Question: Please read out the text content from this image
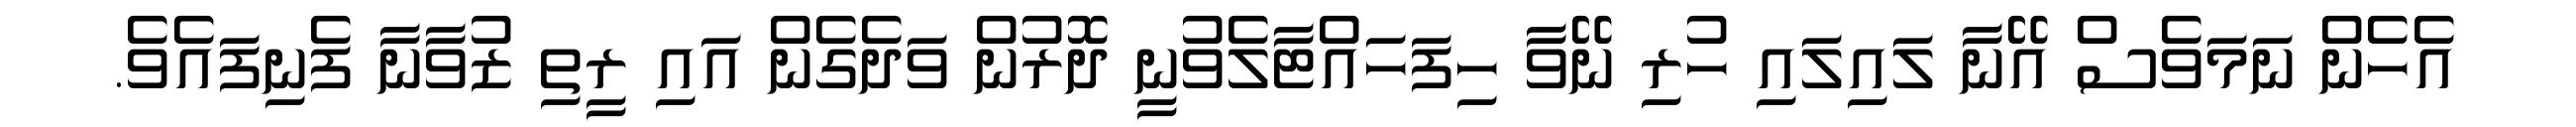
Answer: އެހެން ނަމަވެސް އޭނާ ލައިލައި ހުރި ނޭވާ ހިފަހައްޓާލެވުނީ ދޮރުން ވަދެގެން އައި ރީތި ޒުވާނާ ފެނިފައެވެ.